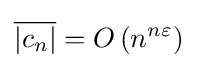
{\overline {\left|c_{n}\right|}}=O\left(n^{n\varepsilon }\right)